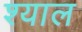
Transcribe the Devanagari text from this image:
श्याल